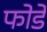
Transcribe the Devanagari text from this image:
फोर्डे